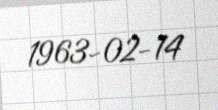
1963-02-14